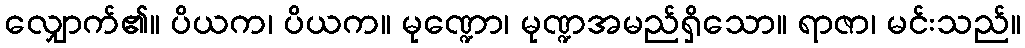
လျှောက်၏။ ပိယက၊ ပိယက။ မုဏ္ဍော၊ မုဏ္ဍအမည်ရှိသော။ ရာဇာ၊ မင်းသည်။